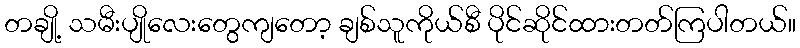
တချို့ သမီးပျိုလေးတွေကျတော့ ချစ်သူကိုယ်စီ ပိုင်ဆိုင်ထားတတ်ကြပါတယ်။